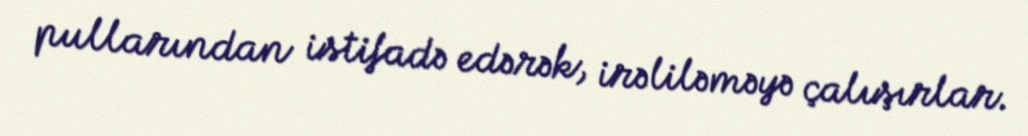
pullarından istifadə edərək, irəliləməyə çalışırlar.